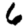
Digit: 6